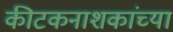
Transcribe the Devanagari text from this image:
कीटकनाशकांच्या